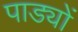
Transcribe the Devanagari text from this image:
पाड्यों